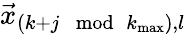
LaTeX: \vec{x}_{(k+j\mod k_{\mathrm{max}}),l}